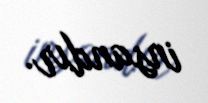
insandır.